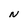
Character: N